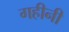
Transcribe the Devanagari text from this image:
गहीनी